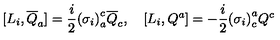
[ L _ { i } , \overline { { Q } } _ { a } ] = \frac { i } { 2 } { ( \sigma _ { i } ) } _ { a } ^ { c } \overline { { Q } } _ { c } , \quad [ L _ { i } , Q ^ { a } ] = - \frac { i } { 2 } { ( \sigma _ { i } ) } _ { c } ^ { a } Q ^ { c }